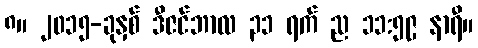
၈။ ၂၀၁၅-ခုနှစ် ဒီဇင်ဘာလ ၃၁ ရက် ည ၁၁:၅၉ နာရီ။